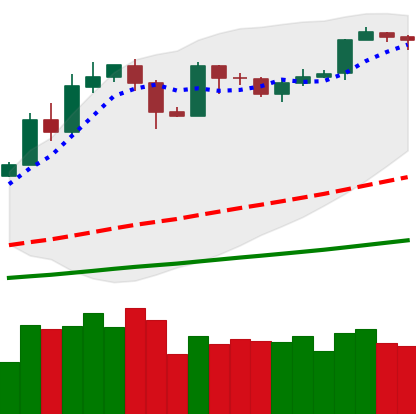
Ticker: BTC-USD
Chart end date: 2019-05-29
Forward return: -5.202%
Label: down_5_7